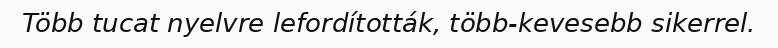
Több tucat nyelvre lefordították, több-kevesebb sikerrel.